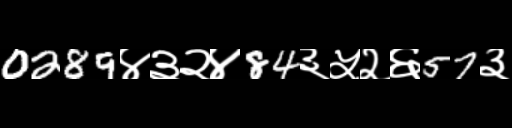
Text: 0289४३२४84३५२६57३